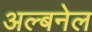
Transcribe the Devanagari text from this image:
अल्बनेल